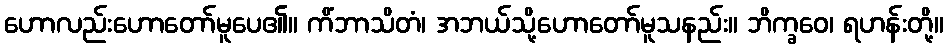
ဟောလည်းဟောတော်မူပေ၏။ ကိံဘာသိတံ၊ အဘယ်သို့ဟောတော်မူသနည်း။ ဘိက္ခဝေ၊ ရဟန်းတို့။